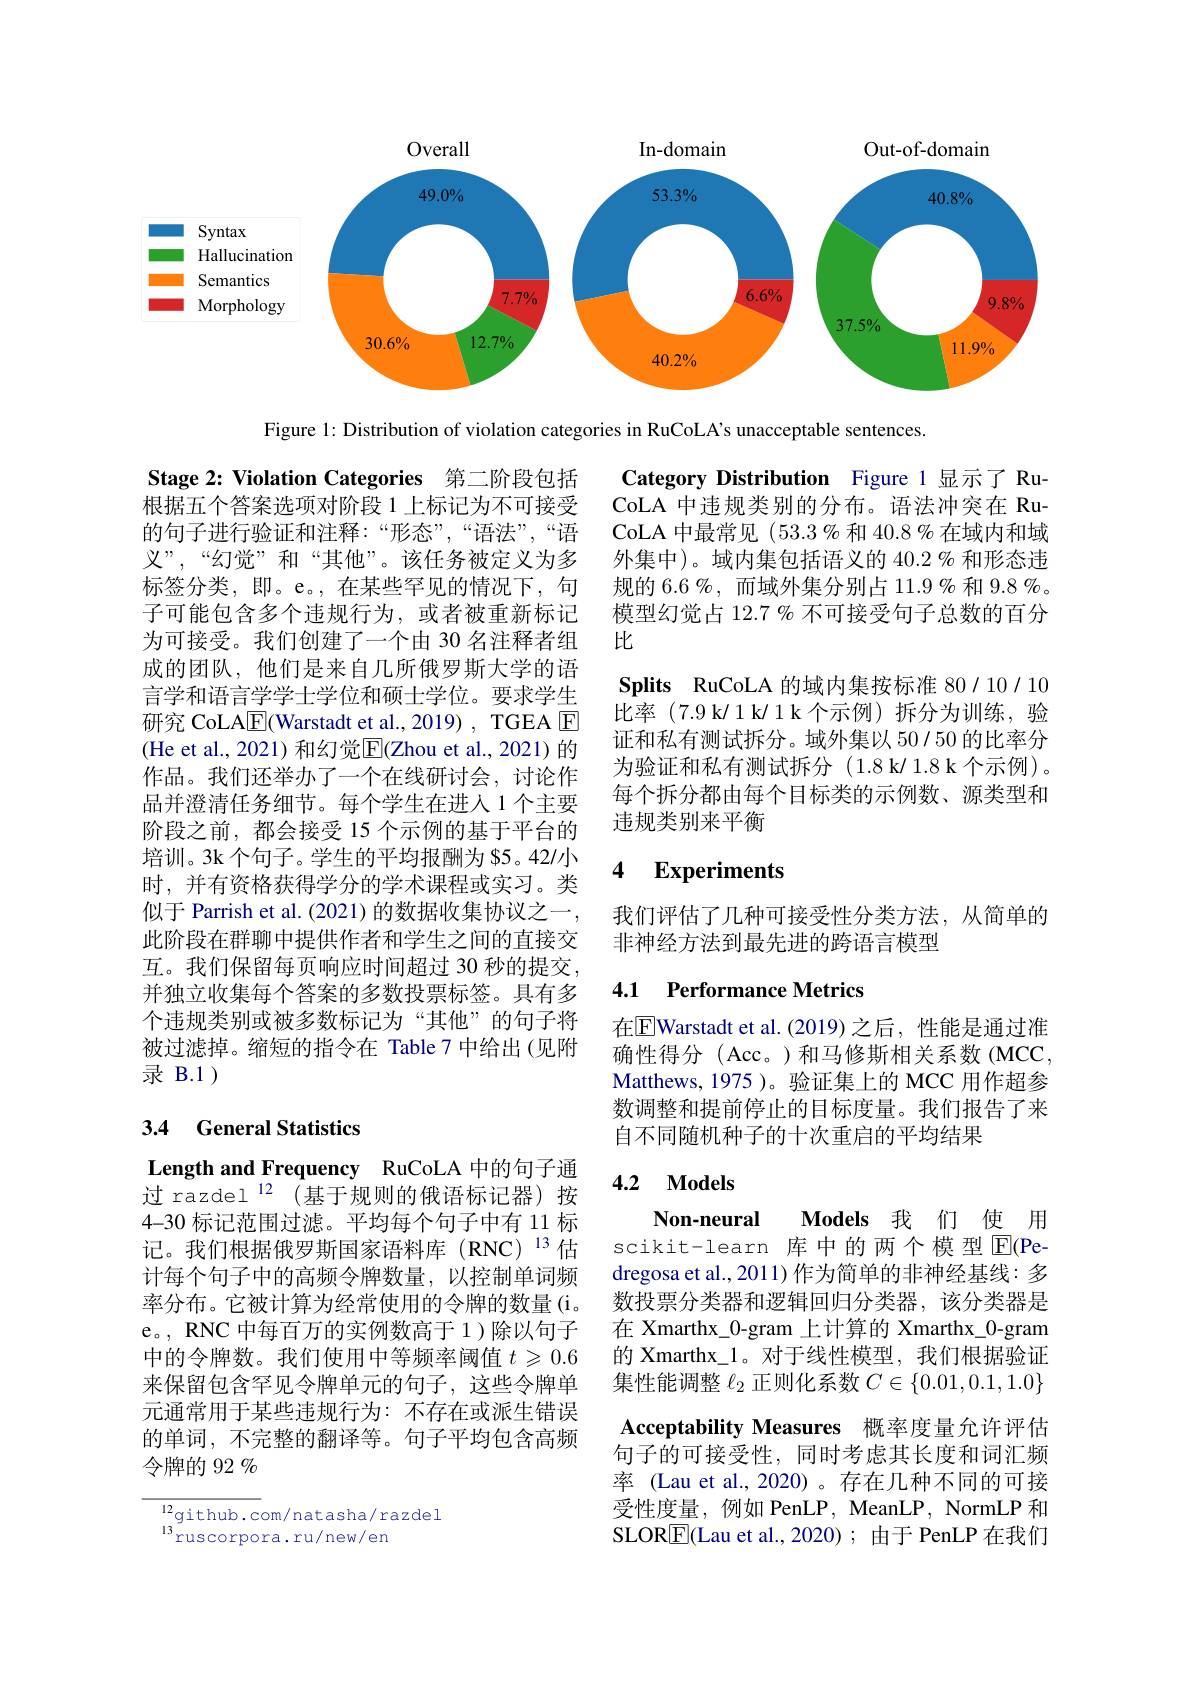
<FigureHere>

Figure 1: Distribution of violation categories in RuCoLA's unacceptable sentences.

Stage 2: Violation Categories 第二阶段包括

Category Distribution Figure 1 显示了 RuCoLA 中违规类别的分布。语法冲突在 RuCoLA 中最常见$(53.3\%$和 40.8% 在域内和域外集中)。域内集包括语义的 40.2 % 和形态违规的 6.6 %,而域外集分别占 11.9 % 和 9.8 %。模型幻觉占 12.7 % 不可接受句子总数的百分比
Splits RuCoLA 的域内集按标准 80/10/10比率(7.9 k/1 k/ 1 k 个示例) 拆分为训练，验证和私有测试拆分。域外集以 50 / 50 的比率分为验证和私有测试拆分(1.8 k/ 1.8 k 个示例)。每个拆分都由每个目标类的示例数、源类型和违规类别来平衡

根据五个答案选项对阶段 1 上标记为不可接受的句子进行验证和注释：“形态”,“语法”,“语义”,“幻觉”和“其他”。该任务被定义为多标签分类，即。e。,在某些罕见的情况下，句子可能包含多个违规行为，或者被重新标记为可接受。我们创建了一个由 30 名注释者组成的团队，他们是来自几所俄罗斯大学的语言学和语言学学士学位和硕士学位。要求学生研究 CoLA$\underline{\mathrm{E}}$(Warstadt et al., 2019) , TGEA E (He et al., 2021)和幻觉$\overline{\mathrm{E}}($Zhou et al., 2021)的作品。我们还举办了一个在线研讨会，讨论作品并澄清任务细节。每个学生在进入1个主要阶段之前，都会接受 15 个示例的基于平台的培训。3k 个句子。学生的平均报酬为 $5。42/小时，并有资格获得学分的学术课程或实习。类似于 Parrish et al. (2021) 的数据收集协议之一此阶段在群聊中提供作者和学生之间的直接交互。我们保留每页响应时间超过 30 秒的提交， 并独立收集每个答案的多数投票标签。具有多个违规类别或被多数标记为“其他”的句子将被过滤掉。缩短的指令在 Table 7 中给出 (见附录 B.1 )

### $\textbf{4}$ $\textbf{Experiments}$

我们评估了几种可接受性分类方法，从简单的
非神经方法到最先进的跨语言模型

## 4.1 Performance Metrics

在$\boxed{\mathrm{E}}$Warstadt et al.(2019)之后，性能是通过准确性得分(Acc。)和马修斯相关系数(MCC, Matthews,1975 )。验证集上的 MCC 用作超参数调整和提前停止的目标度量。我们报告了来自不同随机种子的十次重启的平均结果

3.4 General Statistics

Length and Frequency RuCoLA 中的句子通过 razdel$^{12}$(基于规则的俄语标记器)按

### 4.2 $\mathbf{Models}$

4-30 标记范围过滤。平均每个句子中有 11 标$记。我们根据俄罗斯国家语料库(RNC)^{13}估$ 计每个句子中的高频令牌数量，以控制单词频率分布。它被计算为经常使用的令牌的数量(i。e。, RNC 中每百万的实例数高于 1)除以句子中的令牌数。我们使用中等频率阈值$t\geqslant0.6$ 来保留包含罕见令牌单元的句子，这些令牌单元通常用于某些违规行为：不存在或派生错误的单词，不完整的翻译等。句子平均包含高频令牌的 92 %

Non-neural
Models 我 们 使 用
scikit-learn 库中的两个模型E(Pedregosa et al., 2011) 作为简单的非神经基线：多数投票分类器和逻辑回归分类器，该分类器是在 Xmarthx\_0-gram\_上计算的 Xmarthx\_0-gram 的 Xmarthx\_1。对于线性模型，我们根据验证集性能调整$\ell_2$正则化系数$C\in\{0.01,0.1,1.0\}$ Acceptability Measures 概率度量允许评估句子的可接受性，同时考虑其长度和词汇频率 (Lau et al.,2020)。存在几种不同的可接受性度量，例如 PenLP, MeanLP, NormLP 和SLOR$\boxed{\mathrm{F}}$(Lau et al.,2020);由于 PenLP 在我们

${^{12}\text{github.c}}$om/natasha/razdel
$^{13}$ruscorpora.ru/new/en